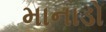
માનાડો